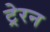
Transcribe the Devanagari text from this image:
ट्रेरन